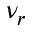
\nu _ { r }